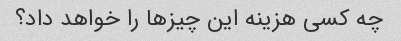
چه کسی هزینه این چیزها را خواهد داد؟